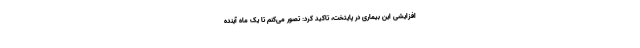
افزایشی این بیماری در پایتخت، تاکید کرد: تصور می‌کنم تا یک ماه آینده